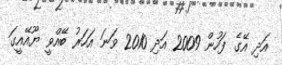
އަދި އޭގެ ފަހުން 2009 އަދި 2010 ވަނަ އަހަރު ބޭއްވީ ޔޫއޭއީގަ